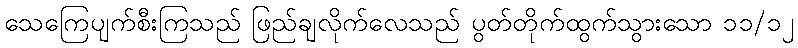
သေကြေပျက်စီးကြသည် ဖြည်ချလိုက်လေသည် ပွတ်တိုက်ထွက်သွားသော ၁၁/၁၂